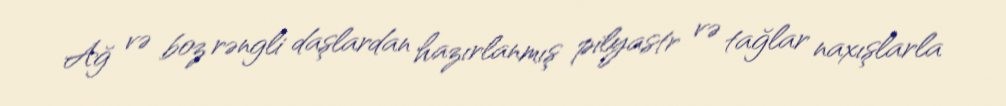
Ağ və boz rəngli daşlardan hazırlanmış pilyastr və tağlar naxışlarla